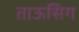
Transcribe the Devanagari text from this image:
ताऊसिग